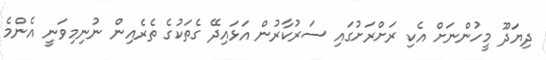
ދިޔަދޫ މީހުންނަށް އެކި ރަށްރަށުގައި ސަރުކާރުން އަޅައިދޭ ގެތަކުގެ ތެރެއިން ނުނިމިވަނީ އެންމެ